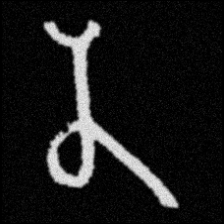
Pyu character \u2014 Myanmar letter: န (romanized: na)